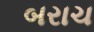
બરાચ